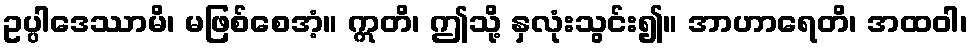
ဥပ္ပါဒေဿာမိ၊ မဖြစ်စေအံ့။ ဣတိ၊ ဤသို့ နှလုံးသွင်း၍။ အာဟာရေတိ၊ အထဝါ၊